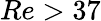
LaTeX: Re>37